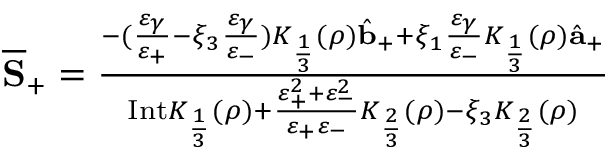
\begin{array} { r } { \overline { { \mathbf { S } } } _ { + } = \frac { - ( \frac { \varepsilon _ { \gamma } } { \varepsilon _ { + } } - \xi _ { 3 } \frac { \varepsilon _ { \gamma } } { \varepsilon _ { - } } ) { K } _ { \frac { 1 } { 3 } } ( \rho ) \hat { { \mathbf b } } _ { + } + \xi _ { 1 } \frac { \varepsilon _ { \gamma } } { \varepsilon _ { - } } { K } _ { \frac { 1 } { 3 } } ( \rho ) \hat { { \mathbf a } } _ { + } } { \mathrm { I n t } K _ { \frac { 1 } { 3 } } ( \rho ) + \frac { \varepsilon _ { + } ^ { 2 } + \varepsilon _ { - } ^ { 2 } } { \varepsilon _ { + } \varepsilon _ { - } } { K } _ { \frac { 2 } { 3 } } ( \rho ) - \xi _ { 3 } { K } _ { \frac { 2 } { 3 } } ( \rho ) } } \end{array}